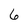
Character: 6